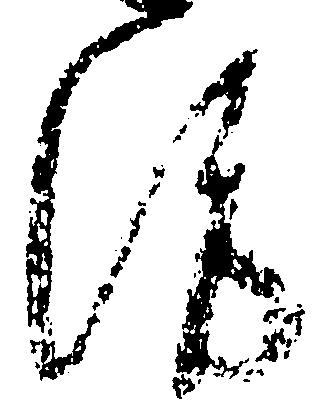
洛